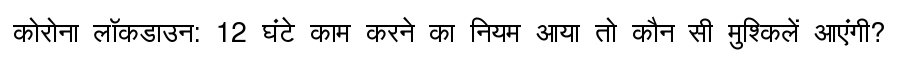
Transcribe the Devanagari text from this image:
कोरोना लॉकडाउन: 12 घंटे काम करने का नियम आया तो कौन सी मुश्किलें आएंगी?